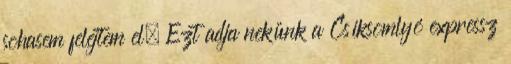
sohasem felejtem el. Ezt adja nekünk a Csíksomlyó expressz